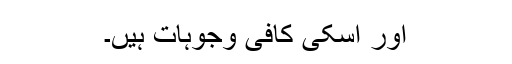
اور اسکی کافی وجوہات ہیں۔